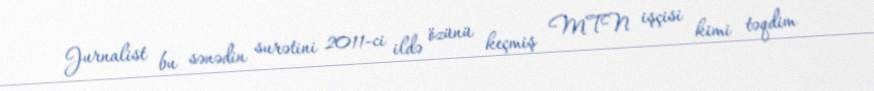
Jurnalist bu sənədin surətini 2011-ci ildə özünü keçmiş MTN işçisi kimi təqdim